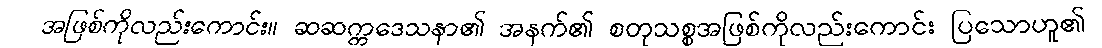
အဖြစ်ကိုလည်းကောင်း။ ဆဆက္ကဒေသနာ၏ အနက်၏ စတုသစ္စအဖြစ်ကိုလည်းကောင်း ပြသောဟူ၏